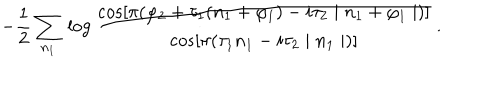
LaTeX: - \frac { 1 } { 2 } \sum _ { n _ { 1 } } \, \log \frac { \cos [ \pi ( \varphi _ { 2 } + \tau _ { 1 } ( n _ { 1 } + \varphi _ { 1 } ) - i \tau _ { 2 } \mid n _ { 1 } + \varphi _ { 1 } \mid ) ] } { \cos [ \pi ( \tau _ { 1 } n _ { 1 } - i \tau _ { 2 } \mid n _ { 1 } \mid ) ] } \, .